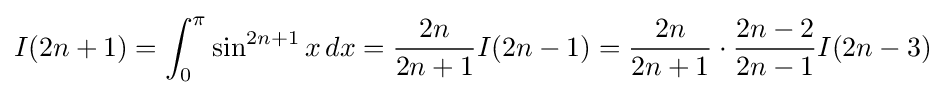
I(2n+1)=\int _{0}^{\pi }\sin ^{2n+1}x\,dx={\frac {2n}{2n+1}}I(2n-1)={\frac {2n}{2n+1}}\cdot {\frac {2n-2}{2n-1}}I(2n-3)